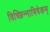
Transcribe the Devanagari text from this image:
विच्छिन्नाभिषेकम्